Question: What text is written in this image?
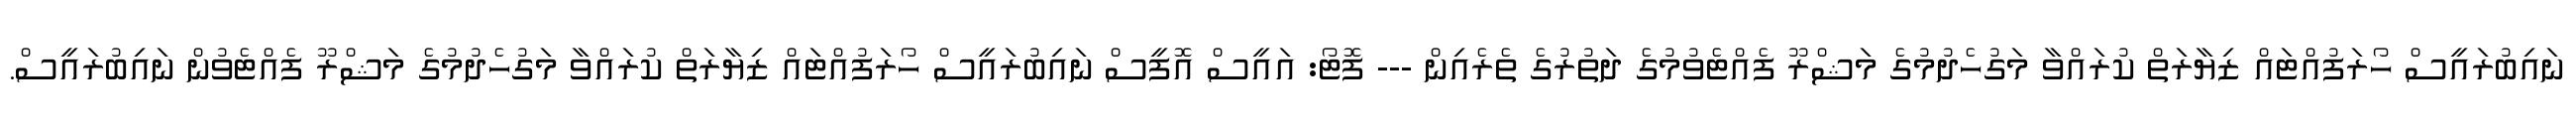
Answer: ނައިބުރައީސް ހޯރަފުއްޓައް ޒިޔާރަތް ކުރައްވާ މަގުހެދުމުގެ މަޝްރޫ ފެއްޓެވުމުގެ ދަތުރުގެ ތެރެއިން --- ފޮޓޯ: އައީސް އޮފީސް ނައިބުރައީސް ހޯރަފުއްޓައް ޒިޔާރަތް ކުރައްވާ މަގުހެދުމުގެ މަޝްރޫ ފެއްޓެވުން ނައިބުރައީސް.